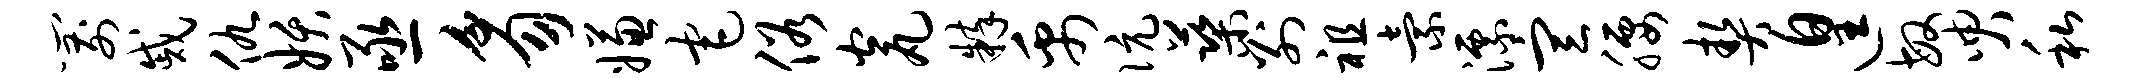
箭戚仇妖亟豸嫌宅俗瓮粹禹伉蕖别祖索漂宣腰契遑敏臾私